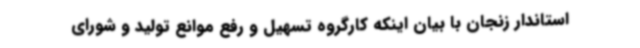
استاندار زنجان با بیان اینکه کارگروه تسهیل و رفع موانع تولید و شورای